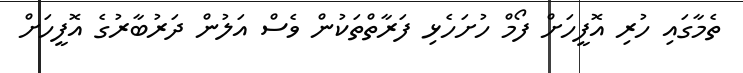
ތެމާގައި ހުރި އޮފީހަށް ފޯމް ހުށަހެޅި ފަރާތްތަކުން ވެސް އަލުން ދަރުބާރުގެ އޮފީހަށް